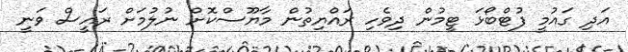
އަދި ގައުމީ ފުޓްބޯޅަ ޓީމުން ދިވެހި ރައްޔިތުން މާޔޫސްކޮށް ނުލުމަށް ރައީސް ވަނީ